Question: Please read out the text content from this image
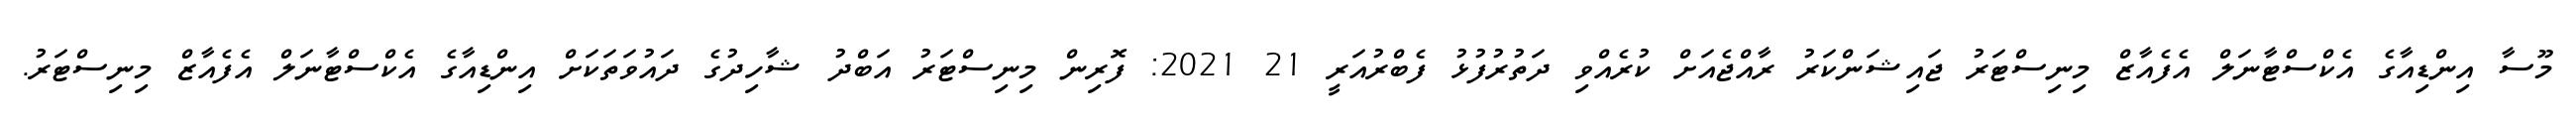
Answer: މޫސާ އިންޑިއާގެ އެކްސްޓާނަލް އެފެއާޒް މިނިސްޓަރު ޖައިޝަންކަރު ރާއްޖެއަށް ކުރެއްވި ދަތުރުފުޅު ފެބްރުއަރީ 21 2021: ފޮރިން މިނިސްޓަރު އަބްދު ޝާހިދުގެ ދައުވަތަކަށް އިންޑިއާގެ އެކްސްޓާނަލް އެފެއާޒް މިނިސްޓަރު.